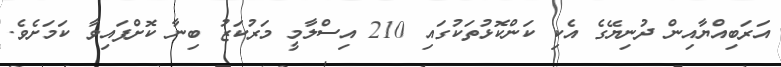
އަރަބިއްޔާއިން ދުނިޔޭގެ އެކި ކަންކޮޅުތަކުގައި 210 އިސްލާމީ މަރުކަޒު ބިނާ ކޮށްފައިވާ ކަަމަށެވެ.